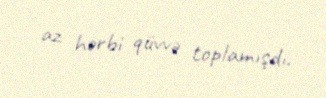
az hərbi qüvvə toplamışdı.